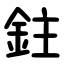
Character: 鉒